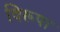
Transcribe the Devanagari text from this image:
विरूपा